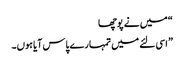
“ میں نے پوچھا
” اسی لئے میں تمہارے پاس آیا ہوں۔